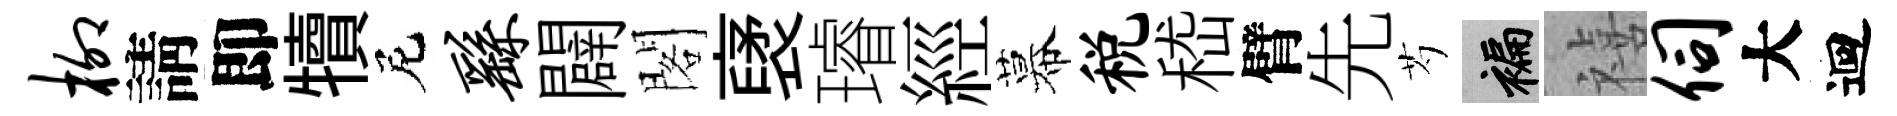
柳請即犢尼繇闢閣裦璿經幕税嵇臂先芍褊禧伺大迴